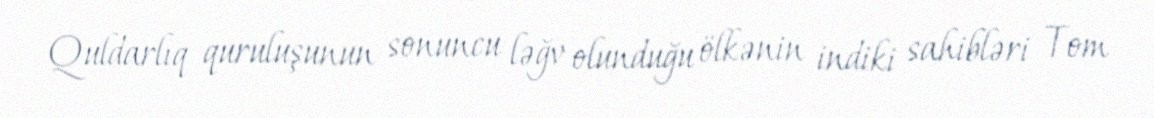
Quldarlıq quruluşunun sonuncu ləğv olunduğu ölkənin indiki sahibləri Tom